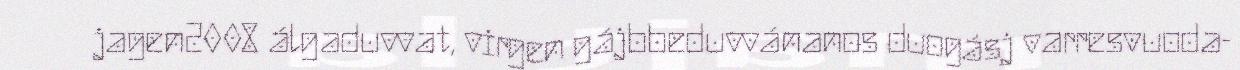
jagen2008 álgaduvvat, virgen gájbbeduvvánanos duogásj varresvuoda-